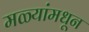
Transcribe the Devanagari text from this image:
मळ्यांमधून